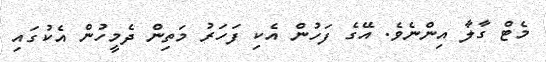
މެޓް ގާލާ އިންނެވެ. އޭގެ ފަހުން އެކި ފަހަރު މަތިން ދެމީހުން އެކުގައި